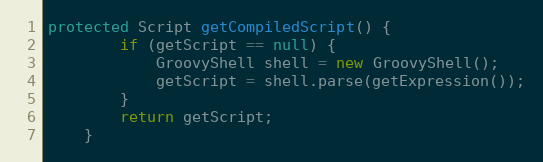
Language: Java
protected Script getCompiledScript() {
        if (getScript == null) {
            GroovyShell shell = new GroovyShell();
            getScript = shell.parse(getExpression());
        }
        return getScript;
    }